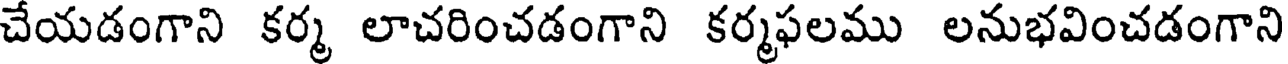
చేయడంగాని కర్మ లాచరించడంగాని కర్మఫలము లనుభవించడంగాని